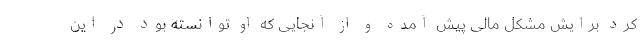
کرد برایش مشکل مالی پیش آمده و از آنجایی که او توانسته بود در این